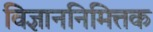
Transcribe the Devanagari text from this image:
विज्ञाननिमित्तक